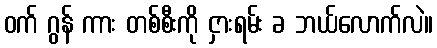
ဝက် ဂွန် ကား တစ်စီးကို ငှားရမ်း ခ ဘယ်လောက်လဲ။